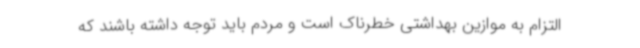
التزام به موازین بهداشتی خطرناک است و مردم باید توجه داشته باشند که